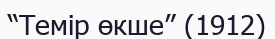
“Темір өкше” (1912)